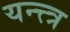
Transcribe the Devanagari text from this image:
यन्त्त्त्र